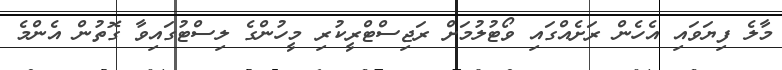
މާލެ ފިޔަވައި އެހެން ރަށެއްގައި ވޯޓުލުމަށް ރަޖިސްޓްރީކުރި މީހުންގެ ލިސްޓުގައިވާ ގޮތުން އެންމެ